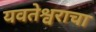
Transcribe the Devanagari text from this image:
यवतेश्वराचा